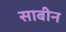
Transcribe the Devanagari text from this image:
साबीन